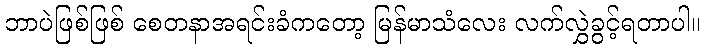
ဘာပဲဖြစ်ဖြစ် စေတနာအရင်းခံကတော့ မြန်မာသံလေး လက်လွှဲခွင့်ရတာပါ။